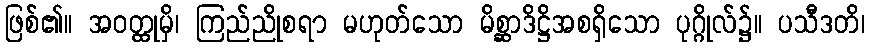
ဖြစ်၏။ အဝတ္ထုမှိ၊ ကြည်ညိုစရာ မဟုတ်သော မိစ္ဆာဒိဋ္ဌိအစရှိသော ပုဂ္ဂိုလ်၌။ ပသီဒတိ၊